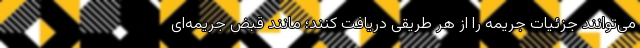
می‌توانند جزئیات جریمه را از هر طریقی دریافت کنند؛ مانند قبض جریمه‌ای